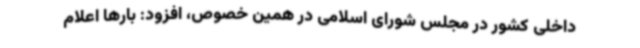
داخلی کشور در مجلس شورای اسلامی در همین خصوص، افزود: بارها اعلام